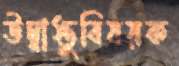
উদ্বাস্তুবিষয়ক